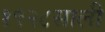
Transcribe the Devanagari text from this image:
१९२८साली